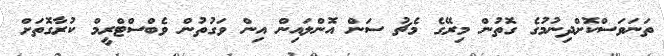
ތަނަވަސްކޮށްދިނުމުގެ ގޮތުން މިރޭގެ މެޗު ސަން އޮންލައިން އިން ވަގުތުން ވެބްސްޓްރީމް ކުރާގޮތަށް